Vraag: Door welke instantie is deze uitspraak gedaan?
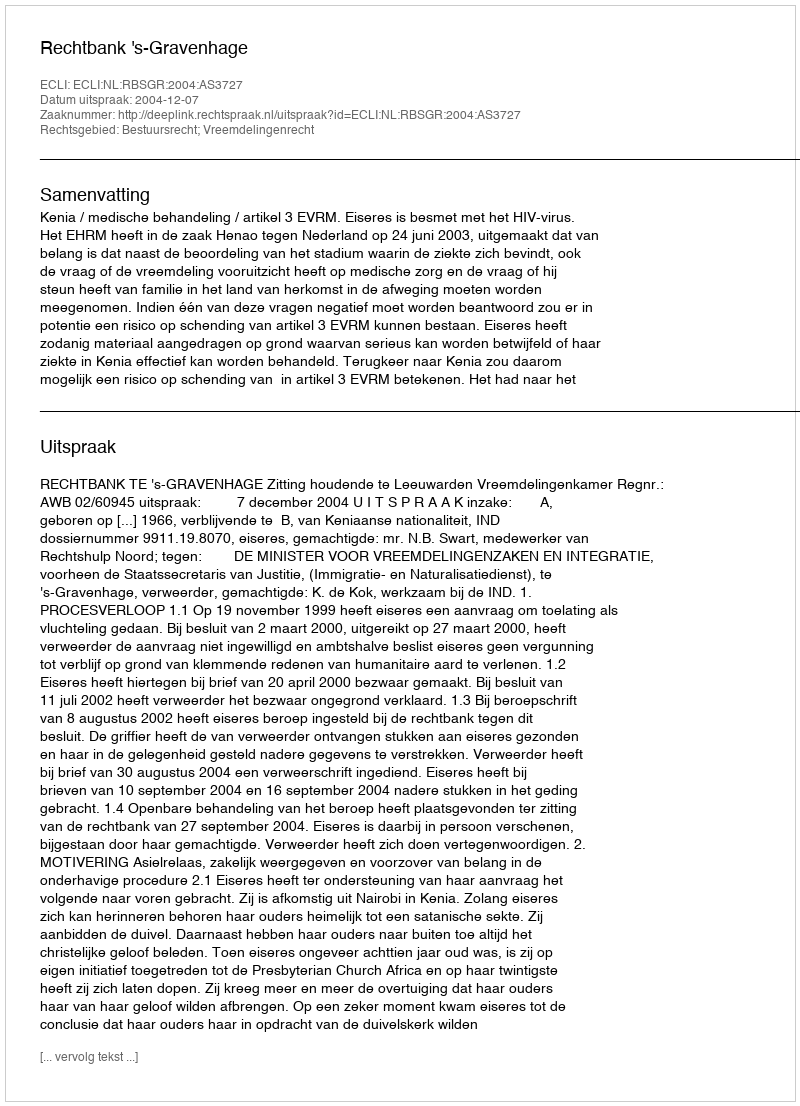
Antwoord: Rechtbank 's-Gravenhage